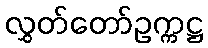
လွှတ်တော်ဥက္ကဋ္ဌ